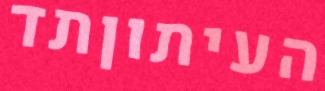
העיתוןתד